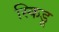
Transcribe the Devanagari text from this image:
स्किडू